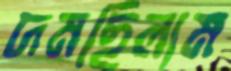
দমছিলাম